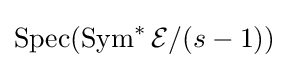
\operatorname {Spec} (\operatorname {Sym} ^{*}{\mathcal {E}}/(s-1))